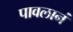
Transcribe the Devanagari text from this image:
पावलानं